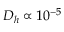
D _ { h } \propto 1 0 ^ { - 5 }